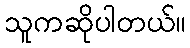
သူကဆိုပါတယ်။